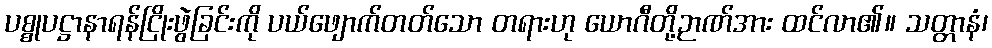
ပစ္စုပဋ္ဌာနာရန်ငြိုးဖွဲခြင်းကို ပယ်ဖျောက်တတ်သော တရားဟု ယောဂီတို့ဉာဏ်အား ထင်လာ၏။ သတ္တာနံ၊